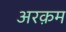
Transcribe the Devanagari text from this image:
अरक़म